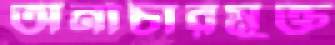
অনাচারমুক্ত